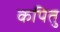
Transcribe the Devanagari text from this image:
कपितु